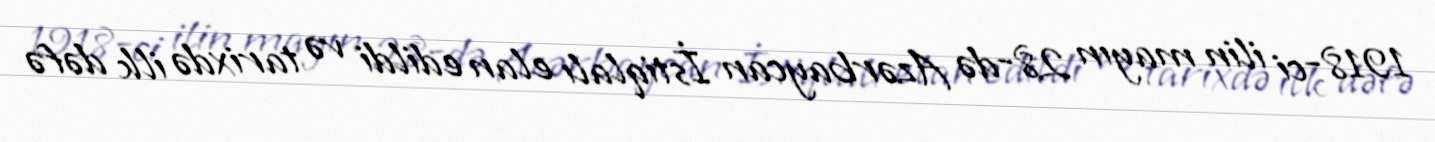
1918-ci ilin mayın 28-də Azərbaycan İstiqlalı elan edildi və tarixdə ilk dəfə